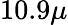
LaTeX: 10.9\mu